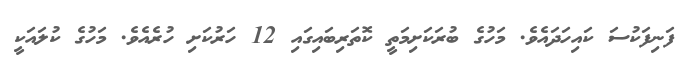
ފަނިފަކުސަ ކައިހަދައެވެ. މަހުގެ ބުރަކަށިމަތީ ކޮތަރިބައިގައި 12 ހަރުކަށި ހުރެއެވެ. މަހުގެ ކުލައަކީ